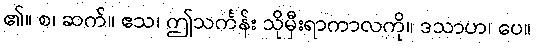
၏။ စ၊ ဆက်။ ဧသ၊ ဤသင်္ကန်း သိုမှီးရာကာလကို။ ဒသာဟ၊ ပေ။